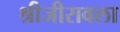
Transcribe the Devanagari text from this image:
श्रीजीरावला